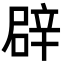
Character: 辟